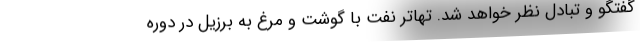
گفتگو و تبادل نظر خواهد شد. تهاتر نفت با گوشت و مرغ به برزیل در دوره